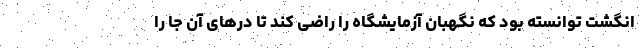
انگشت توانسته بود که نگهبان آزمایشگاه را راضی کند تا درهای آن جا را